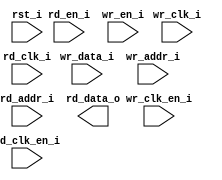
/*******************************************************************************
    Verilog netlist generated by IPGEN Lattice Radiant Software (64-bit)
    3.1.0.43.2
    Soft IP Version: 1.2.0
    2022 03 22 11:06:14
*******************************************************************************/
/*******************************************************************************
    Wrapper Module generated per user settings.
*******************************************************************************/
module dpram512x8 (wr_clk_i, rd_clk_i, rst_i, wr_clk_en_i, rd_en_i,
    rd_clk_en_i, wr_en_i, wr_data_i, wr_addr_i, rd_addr_i, rd_data_o)/* synthesis syn_black_box syn_declare_black_box=1 */;
    input  wr_clk_i;
    input  rd_clk_i;
    input  rst_i;
    input  wr_clk_en_i;
    input  rd_en_i;
    input  rd_clk_en_i;
    input  wr_en_i;
    input  [7:0]  wr_data_i;
    input  [8:0]  wr_addr_i;
    input  [8:0]  rd_addr_i;
    output  [7:0]  rd_data_o;
endmodule